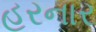
હરનાર